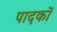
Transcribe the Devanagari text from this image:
पादकों